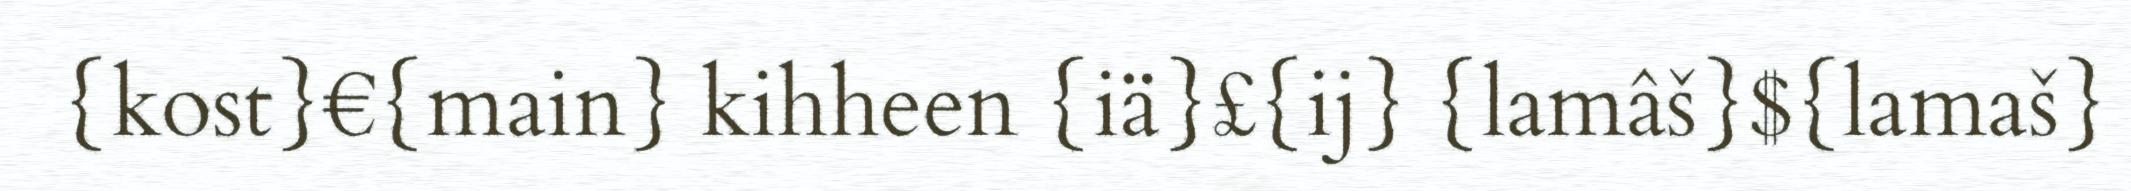
{kost}€{main} kihheen {iä}£{ij} {lamâš}${lamaš}